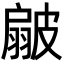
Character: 𭠊